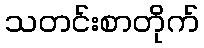
သတင်းစာတိုက်